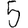
Digit: 5